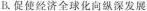
B.促使经济全球化向纵深发展